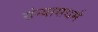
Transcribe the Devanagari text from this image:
संन्यासधर्म